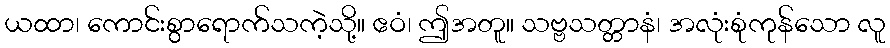
ယထာ၊ ကောင်းစွာရောက်သကဲ့သို့။ ဧဝံ၊ ဤအတူ။ သဗ္ဗသတ္တာနံ၊ အလုံးစုံကုန်သော လူ